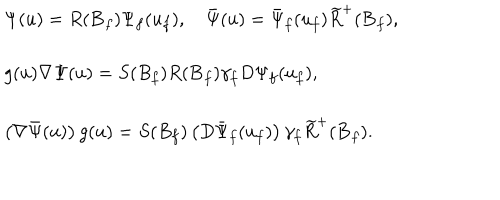
LaTeX: \begin{array} { l } { { \Psi ( u ) = R ( { \bf B } _ { f } ) \Psi _ { f } ( u _ { f } ) , \quad \bar { \Psi } ( u ) = \bar { \Psi } _ { f } ( u _ { f } ) \widetilde { R } ^ { + } ( { \bf B } _ { f } ) , } } \\ { { g ( u ) \nabla \Psi ( u ) = S ( B _ { f } ) R ( { \bf B } _ { f } ) \gamma _ { f } D \Psi _ { f } ( u _ { f } ) , } } \\ { { \left( \nabla \bar { \Psi } ( u ) \right) g ( u ) = S ( B _ { f } ) \left( D \bar { \Psi } _ { f } ( u _ { f } ) \right) \gamma _ { f } \widetilde { R } ^ { + } ( { \bf B } _ { f } ) . } } \\ \end{array}